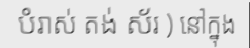
បំរាស់ តង់ ស័រ ) នៅក្នុង